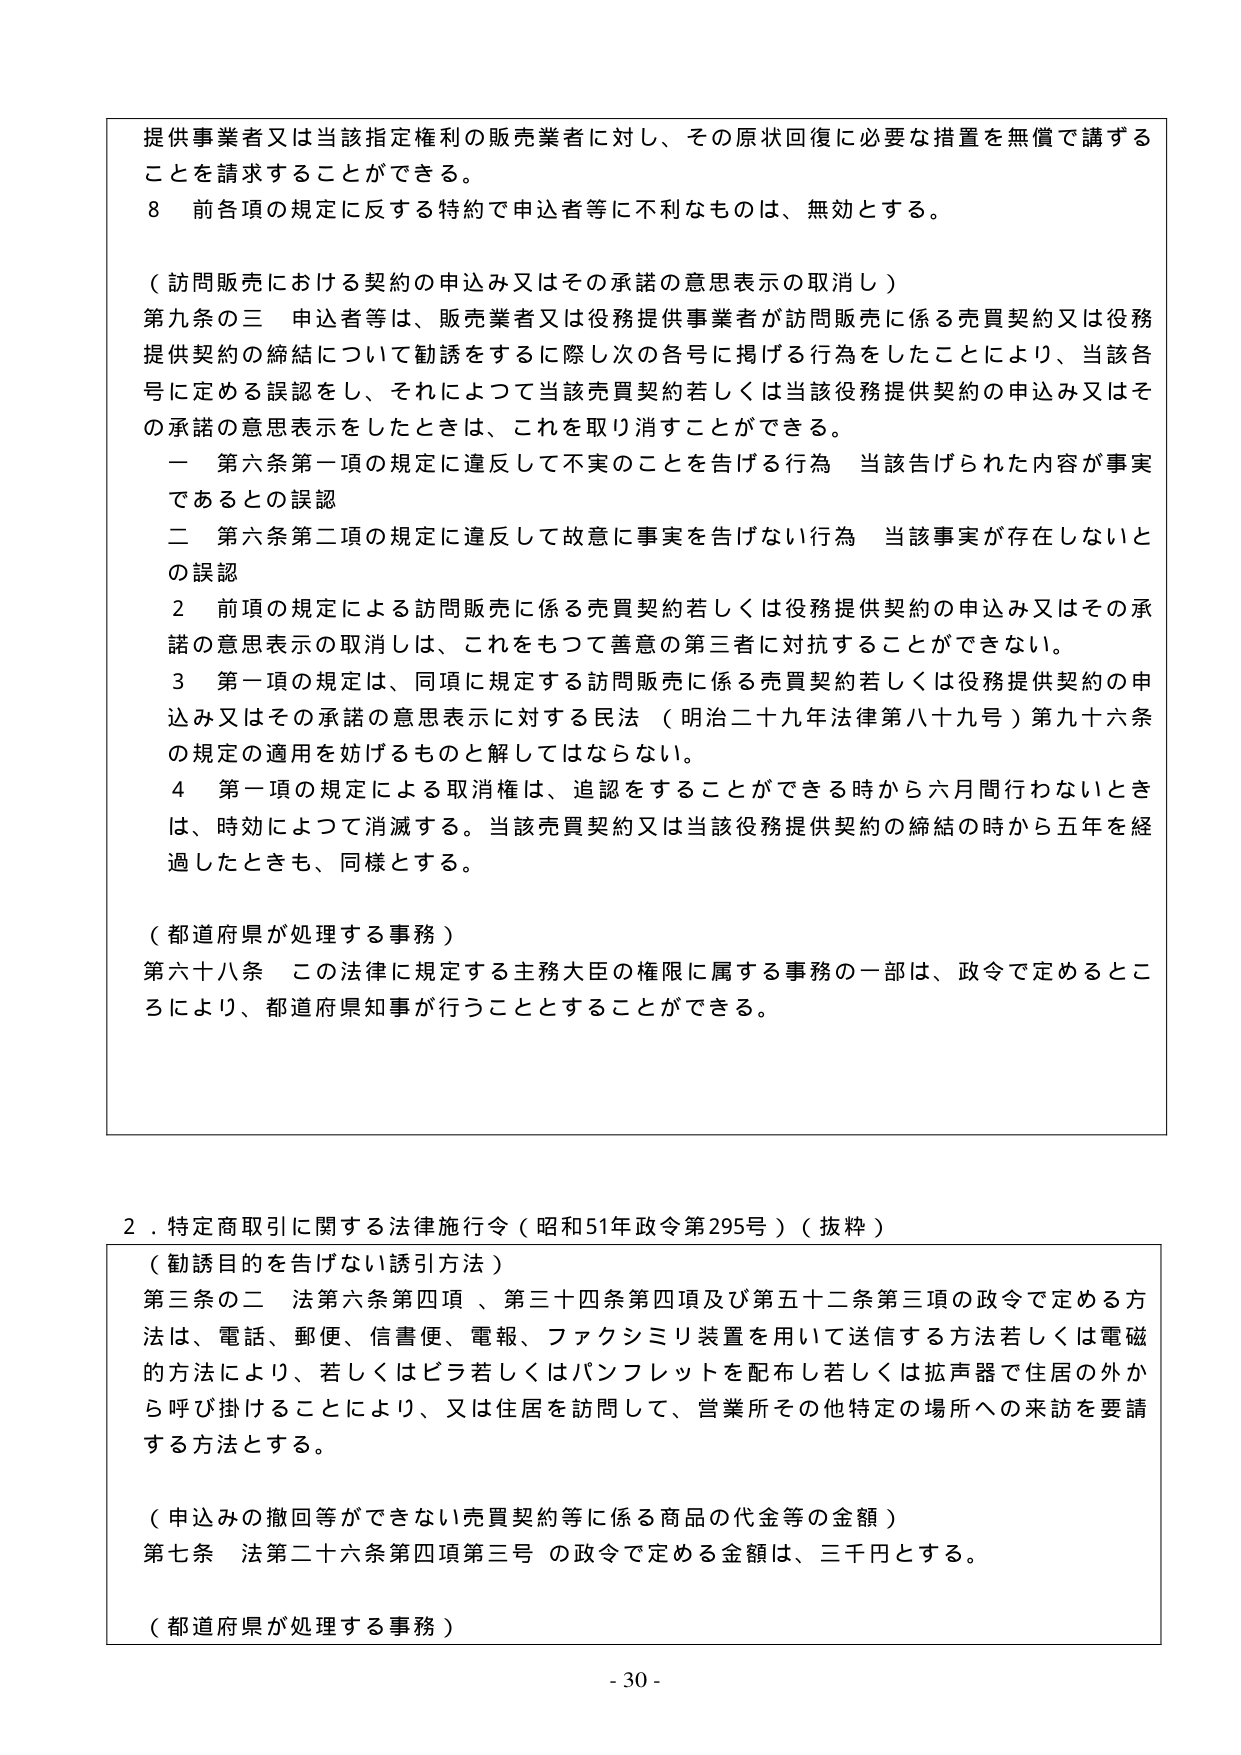
提供事業者又は当該指定権利の販売業者に対し、その原状回復に必要な措置を無償で講ずることを請求することができる。

8 前各項の規定に反する特約で申込者等に不利なものは、無効とする。

（訪問販売における契約の申込み又はその承諾の意思表示の取消し）

第九条の三 申込者等は、販売業者又は役務提供事業者が訪問販売に係る売買契約又は役務提供契約の締結について勧誘をするに際し次の各号に掲げる行為をしたことにより、当該各号に定める誤認をし、それによって当該売買契約若しくは当該役務提供契約の申込み又はその承諾の意思表示をしたときは、これを取り消すことができる。

一 第六条第一項の規定に違反して不実のことを告げる行為 当該告げられた内容が事実であるとの誤認

二 第六条第二項の規定に違反して故意に事実を告げない行為 当該事実が存在しないとの誤認

2 前項の規定による訪問販売に係る売買契約若しくは役務提供契約の申込み又はその承諾の意思表示の取消しは、これをもって善意の第三者に対抗することができない。

3 第一項の規定は、同項に規定する訪問販売に係る売買契約若しくは役務提供契約の申込み又はその承諾の意思表示に対する民法（明治二十九年法律第八十九号）第九十六条の規定の適用を妨げるものと解してはならない。

4 第一項の規定による取消権は、追認をすることができる時から六月間行わないときは、時効によって消滅する。当該売買契約又は当該役務提供契約の締結の時から五年を経過したときも、同様とする。

（都道府県が処理する事務）

第六十八条 この法律に規定する主務大臣の権限に属する事務の一部は、政令で定めるところにより、都道府県知事が行うこととすることができる。

2．特定商取引に関する法律施行令（昭和51年政令第295号）（抜粋）

（勧誘目的を告げない誘引方法）

第三条の二 法第六条第四項、第三十四条第四項及び第五十二条第三項の政令で定める方法は、電話、郵便、信書便、電報、ファクシミリ装置を用いて送信する方法若しくは電磁的方法により、若しくはビラ若しくはパンフレットを配布し若しくは拡声器で住居の外から呼び掛けることにより、又は住居を訪問して、営業所その他特定の場所への来訪を要請する方法とする。

（申込みの撤回等ができない売買契約等に係る商品の代金等の金額）

第七条 法第二十六条第四項第三号の政令で定める金額は、三千円とする。

（都道府県が処理する事務）

- 30 -